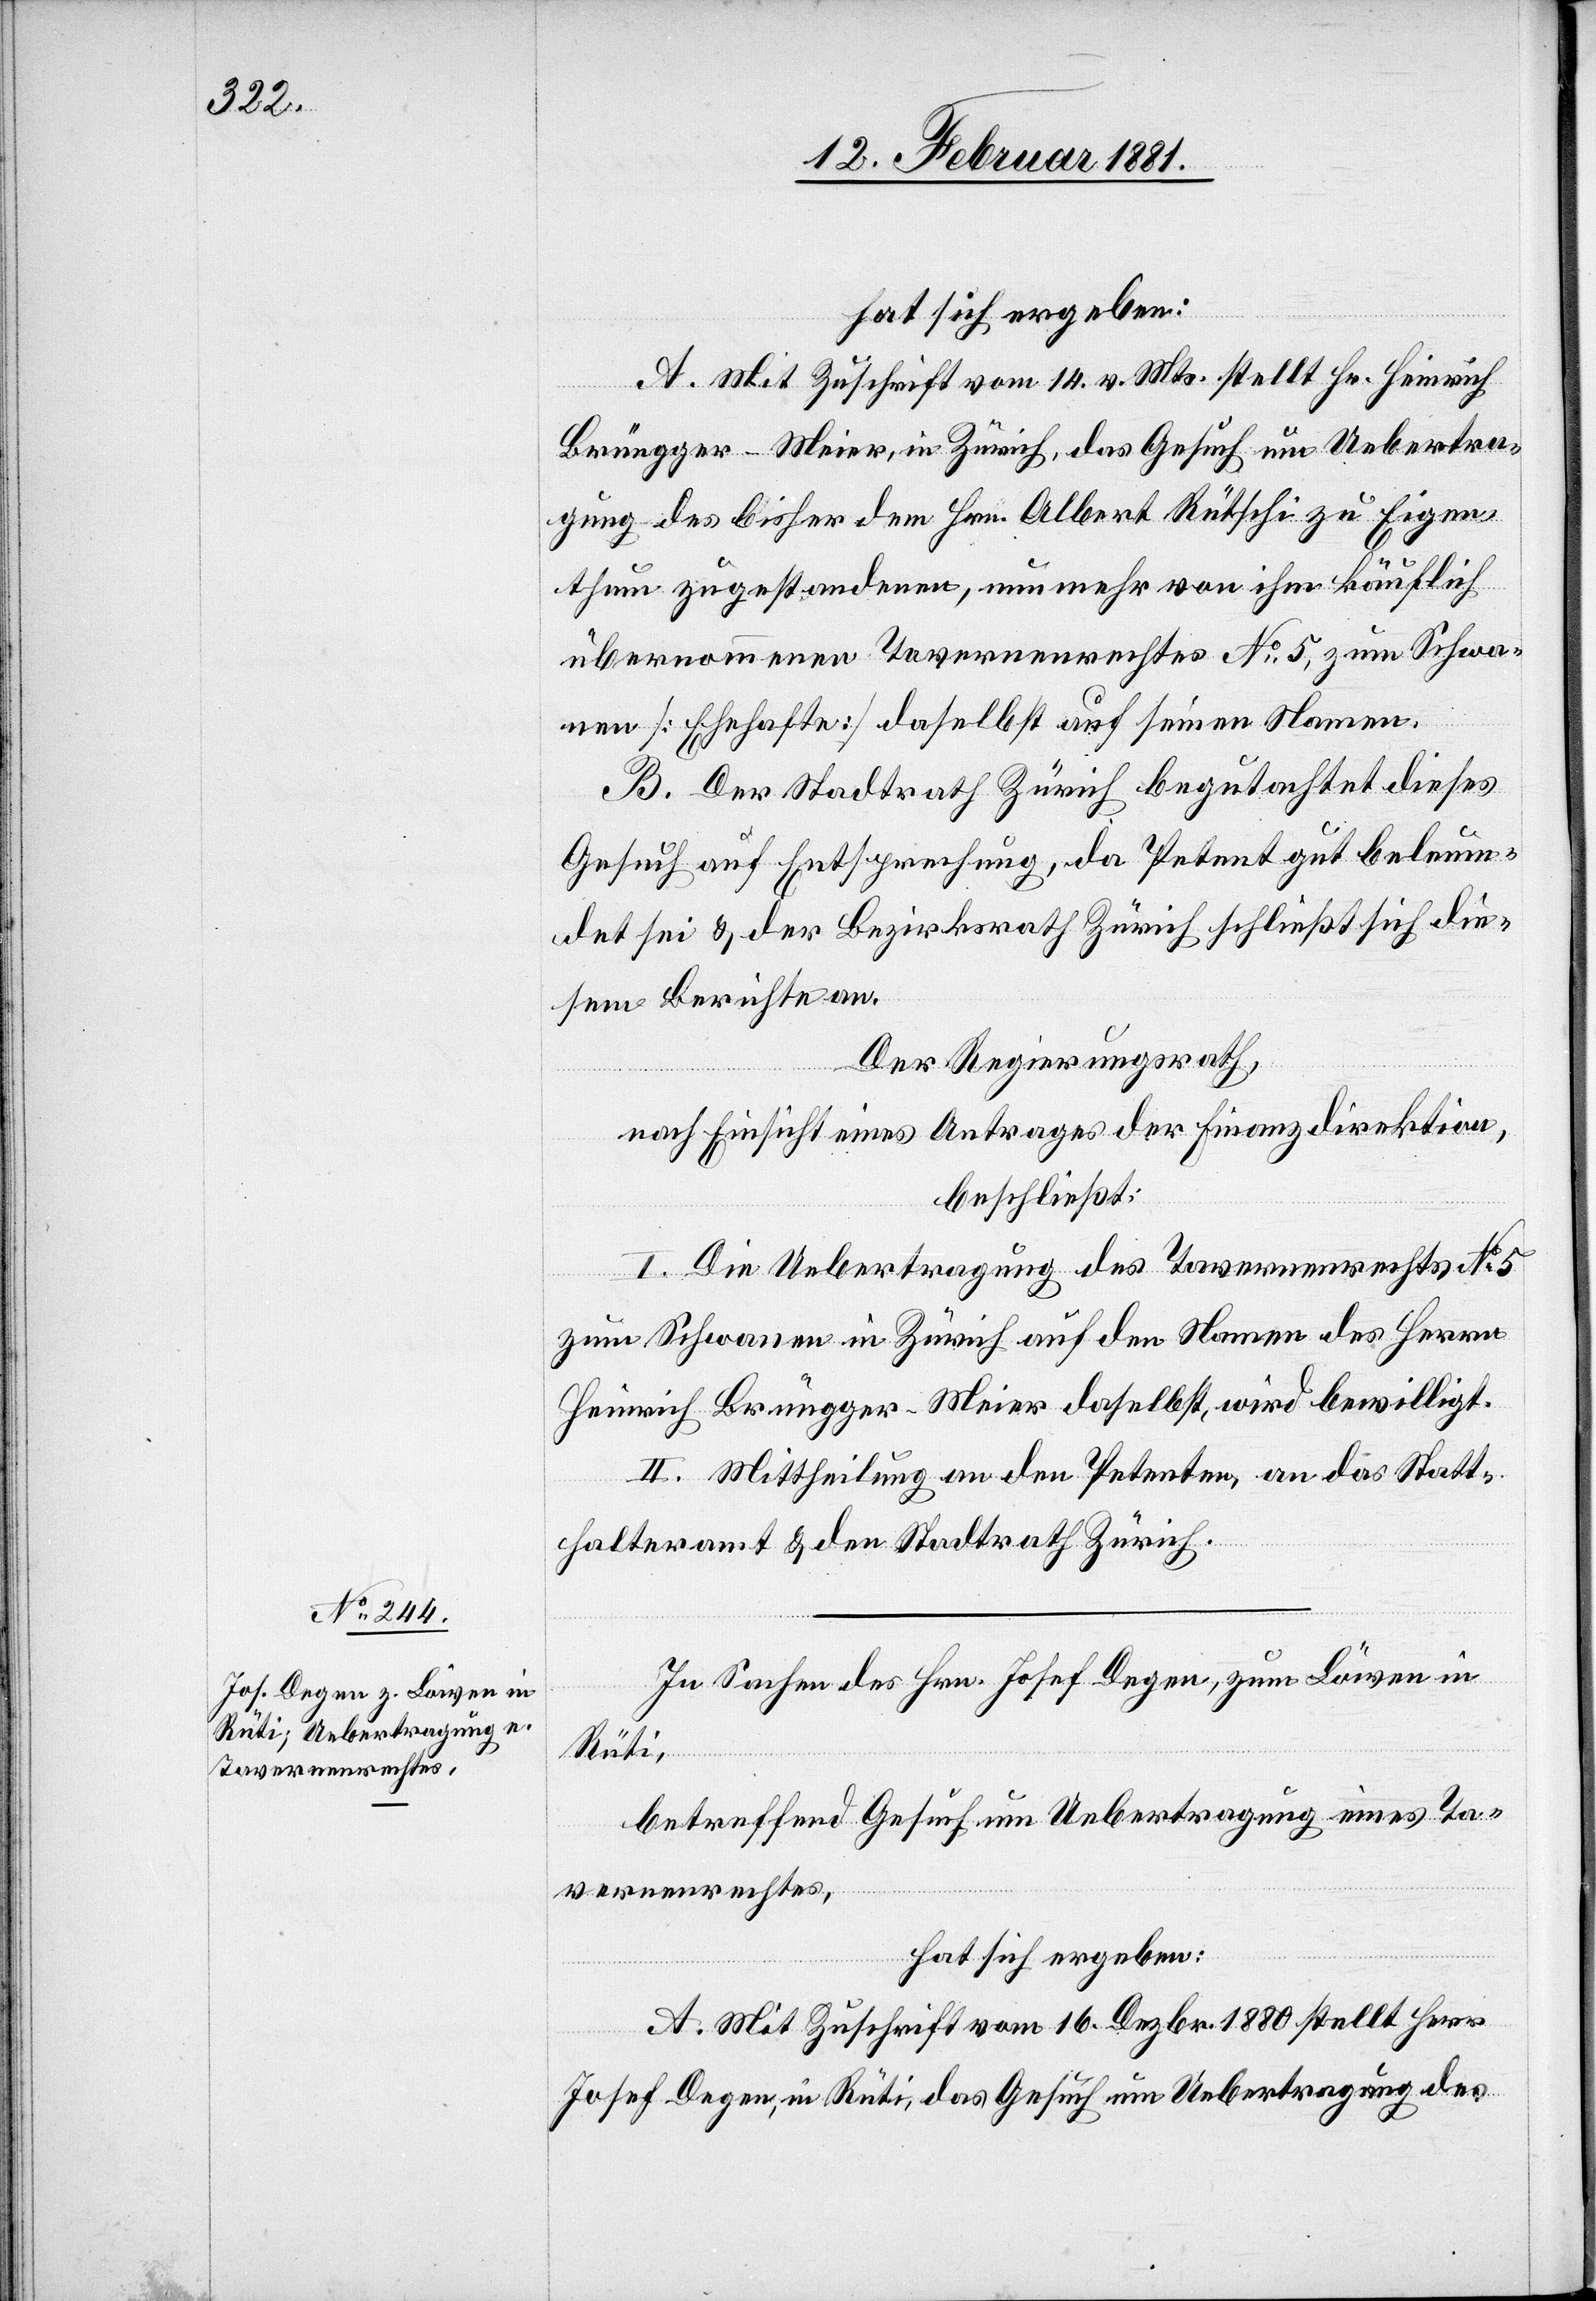
hat sich ergeben:
A. Mit Zuschrift vom 14. v. Mts. stellt Hr. Heinrich
Brüngger-Meier, in Zürich, das Gesuch um Uebertra¬
gung des bisher dem Hrn. Albert Rütschi zu Eigen¬
thum zugestandenen, nunmehr von ihm käuflich
übernommenen Tavernenrechtes No 5, zum Schwa¬
nen [Ehehafte] daselbst auf seinen Namen.
B. Der Stadtrath Zürich begutachtet dieses
Gesuch auf Entsprechung, da Petent gut beleum¬
det sei & der Bezirksrath Zürich schließt sich die¬
sem Bericht an.
Der Regierungsrath,
nach Einsicht eines Antrages der Finanzdirektion,
beschließt:
I. Die Uebertragung des Tavernenrechtes No 5
zum Schwanen in Zürich auf den Namen des Herrn
Heinrich Brüngger-Meier daselbst, wird bewilligt.
II. Mittheilung an den Petenten, an das Statt¬
halteramt & den Stadtrath Zürich.
In Sachen des Hrn. Josef Degen, zum Löwen in
Rüti,
betreffend Gesuch um Uebertragung eines Ta¬
vernenrechtes,
hat sich ergeben:
A. Mit Zuschrift vom 16. Dezbr. 1880 stellt Herr
Josef Degen, in Rüti, das Gesuch um Uebertragung des